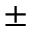
\pm